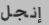
إنجل